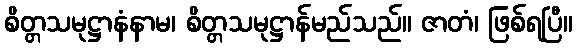
စိတ္တသမုဋ္ဌာနံနာမ၊ စိတ္တသမုဋ္ဌာန်မည်သည်။ ဇာတံ၊ ဖြစ်ရပြီ။